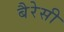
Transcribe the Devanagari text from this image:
बैरेसी